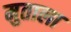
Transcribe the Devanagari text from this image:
मुताला